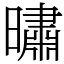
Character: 㬘